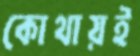
কোথায়ই